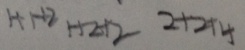
1 + 1 + 2 1 + 2 + 2 2 + 2 + 4